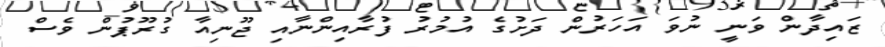
ޒައިދާން ވަނީ ނުވަ އަހަރުން ދަށުގެ އުމުރު ފުރާއިންނާއި ޖޫނިއާ ގުރޫޕުން ވެސް